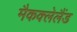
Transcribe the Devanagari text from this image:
मैकक्लेलैंड